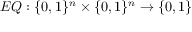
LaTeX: E Q : \{ 0 , 1 \} ^ { n } \times \{ 0 , 1 \} ^ { n } \rightarrow \{ 0 , 1 \}